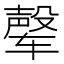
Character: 𰺘